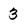
Character: 3